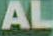
AL